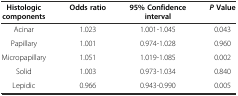
<table><thead><tr><td><b>Histologic components</b></td><td><b>Odds ratio</b></td><td><b>95% Confidence interval</b></td><td><b><i>P</i>Value</b></td></tr></thead><tbody><tr><td>Acinar</td><td>1.023</td><td>1.001-1.045</td><td>0.043</td></tr><tr><td>Papillary</td><td>1.001</td><td>0.974-1.028</td><td>0.960</td></tr><tr><td>Micropapillary</td><td>1.051</td><td>1.019-1.085</td><td>0.002</td></tr><tr><td>Solid</td><td>1.003</td><td>0.973-1.034</td><td>0.840</td></tr><tr><td>Lepidic</td><td>0.966</td><td>0.943-0.990</td><td>0.005</td></tr></tbody></table>